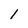
Character: l